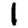
Digit: 1